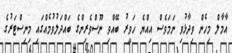
އާމާލް މިހެން ވިދާޅުވި ނަމަވެސް އިއްޔެ ހަވީރު ބޭއްވި ނޫސްވެރިންގެ ބައްދަލުވުމެއްގައި މިނިސްޓަރުގެ